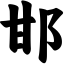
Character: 邯